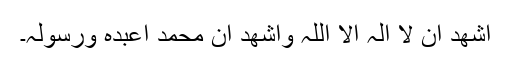
اشھد ان لا الہ الا اللہ واشھد ان محمد اًعبدہٗ ورسولہٗ۔